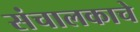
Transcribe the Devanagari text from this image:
संचालकाचे